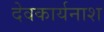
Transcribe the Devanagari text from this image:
देवकार्यनाश